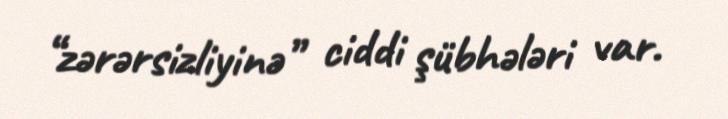
“zərərsizliyinə” ciddi şübhələri var.